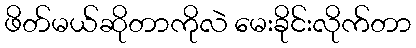
ဖိတ်မယ်ဆိုတာကိုလဲ မေးခိုင်းလိုက်တာ